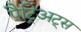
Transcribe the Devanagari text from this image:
पैट्रिअट्स